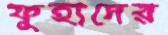
ফুহাদের